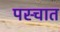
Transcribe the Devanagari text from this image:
पस्चात